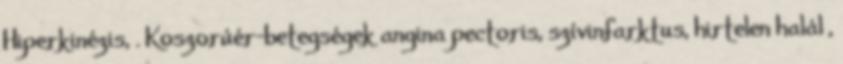
Hiperkinézis, . Koszorúér-betegségek angina pectoris, szívinfarktus, hirtelen halál ,